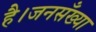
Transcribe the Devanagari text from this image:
है।जनसँख्या